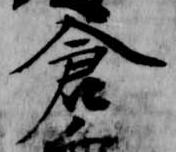
倉